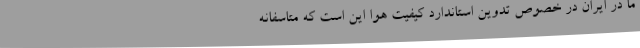
ما در ایران در خصوص تدوین استاندارد کیفیت هوا این است که متاسفانه